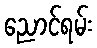
ညောင်ရမ်း